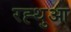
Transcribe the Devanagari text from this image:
रह्थुआ